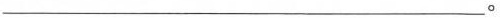
___。